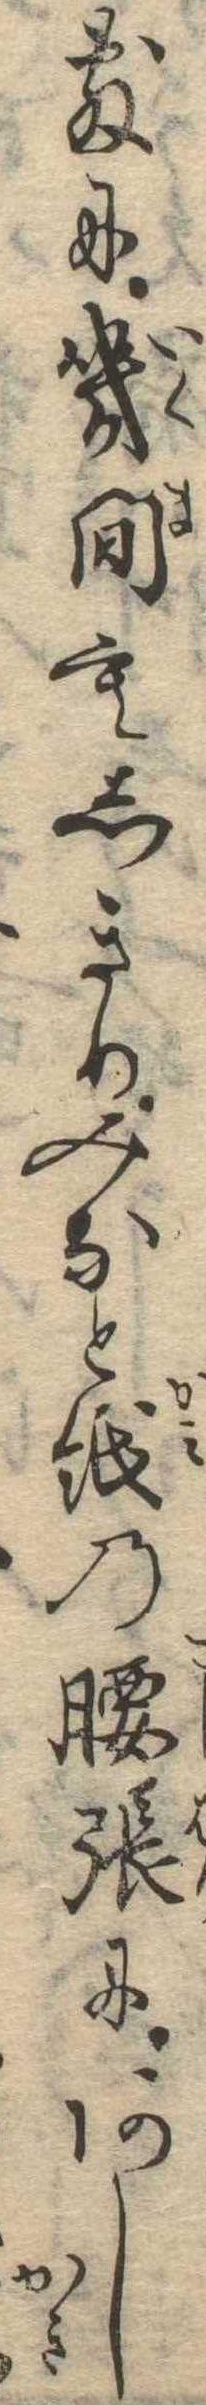
敷に幾間もしきりみなと紙の腰張にあし